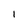
Character: 1